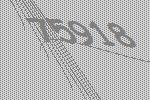
75918